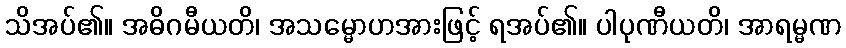
သိအပ်၏။ အဓိဂမီယတိ၊ အသမ္မောဟအားဖြင့် ရအပ်၏။ ပါပုဏီယတိ၊ အာရမ္မဏ